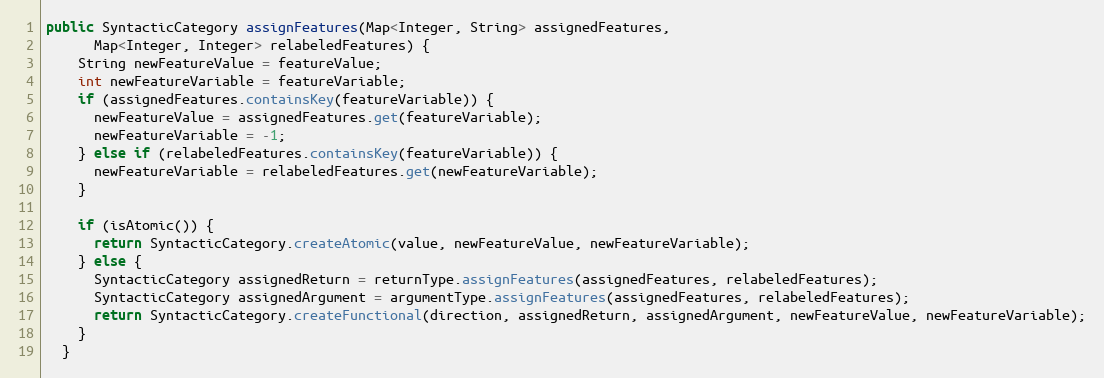
Language: Java
public SyntacticCategory assignFeatures(Map<Integer, String> assignedFeatures,
      Map<Integer, Integer> relabeledFeatures) {
    String newFeatureValue = featureValue;
    int newFeatureVariable = featureVariable;
    if (assignedFeatures.containsKey(featureVariable)) {
      newFeatureValue = assignedFeatures.get(featureVariable);
      newFeatureVariable = -1;
    } else if (relabeledFeatures.containsKey(featureVariable)) {
      newFeatureVariable = relabeledFeatures.get(newFeatureVariable);
    }

    if (isAtomic()) {
      return SyntacticCategory.createAtomic(value, newFeatureValue, newFeatureVariable);
    } else {
      SyntacticCategory assignedReturn = returnType.assignFeatures(assignedFeatures, relabeledFeatures);
      SyntacticCategory assignedArgument = argumentType.assignFeatures(assignedFeatures, relabeledFeatures);
      return SyntacticCategory.createFunctional(direction, assignedReturn, assignedArgument, newFeatureValue, newFeatureVariable);
    }
  }